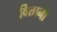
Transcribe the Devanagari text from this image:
वितानी